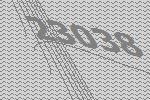
23038